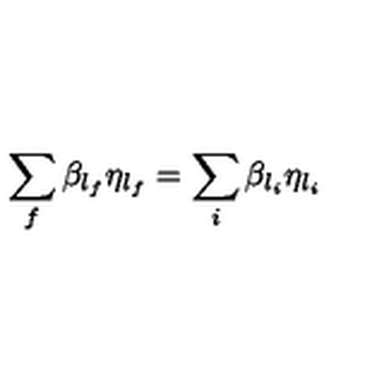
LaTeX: \sum _ { f } \beta _ { l _ { f } } \eta _ { l _ { f } } = \sum _ { i } \beta _ { l _ { i } } \eta _ { l _ { i } }